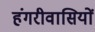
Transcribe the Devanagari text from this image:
हंगरीवासियों